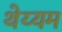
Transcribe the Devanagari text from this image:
थेय्यम